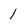
Character: 1